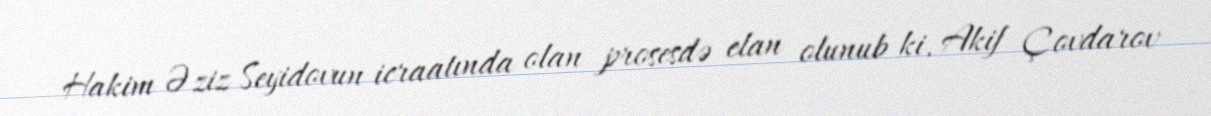
Hakim Əziz Seyidovun icraatında olan prosesdə elan olunub ki, Akif Çovdarov